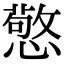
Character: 憼